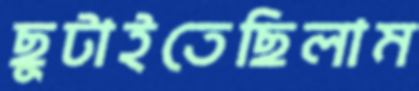
ছুটাইতেছিলাম